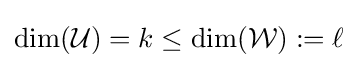
\dim({\mathcal {U}})=k\leq \dim({\mathcal {W}}):=\ell